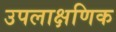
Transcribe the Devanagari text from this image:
उपलाक्षणिक